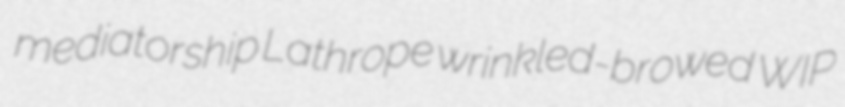
mediatorship Lathrope wrinkled-browed WIP